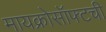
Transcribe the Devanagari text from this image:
मायक्रोसॉफ्टची